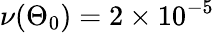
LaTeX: \nu(\Theta_{0})=2\times 10^{-5}